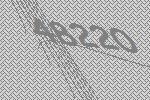
48220